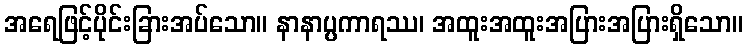
အရေဖြင့်ပိုင်းခြားအပ်သော။ နာနာပ္ပကာရဿ၊ အထူးအထူးအပြားအပြားရှိသော။